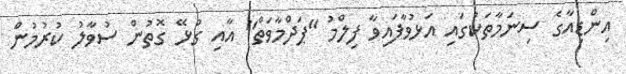
އިންޑިއާގެ ސިނަމާތަކުގައި އަޅުވާފައިވާ ފިލްމު "ޕަދްމާވަތް" އާއި ގުޅޭ ގޮތުން ސުވާލު ކުރުމުން